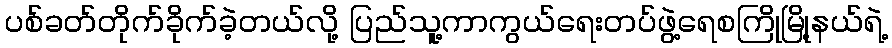
ပစ်ခတ်တိုက်ခိုက်ခဲ့တယ်လို့ ပြည်သူ့ကာကွယ်ရေးတပ်ဖွဲ့ရေစကြိုမြို့နယ်ရဲ့